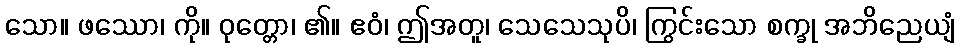
သော။ ဖဿော၊ ကို။ ဝုတ္တော၊ ၏။ ဧဝံ၊ ဤအတူ၊ သေသေသုပိ၊ ကြွင်းသော စက္ခု အဘိညေယျံ